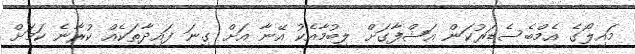
މައިލޯގެ އެމްބެސެޑަރުކަން އަޝްފާގަށް ލިބުމާއެކު އޭނާ އަށް ގިނަ ފައިދާތަކެއް ކުރާނެ ކަމަށް